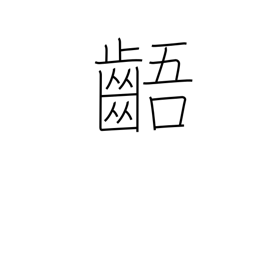
Meaning: irregular teeth